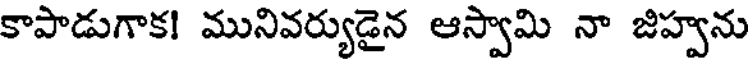
కాపాడుగాక! మునివర్యుడైన ఆస్వామి నా జిహ్వను